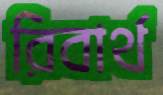
রিবার্থ